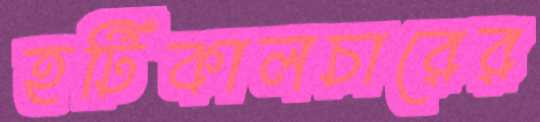
হর্টিকালচারের